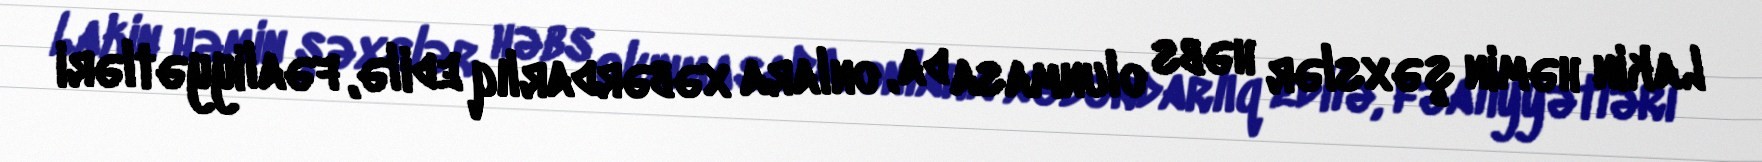
Lakin həmin şəxslər həbs olunmasa da, onlara xəbərdarlıq edilə, fəaliyyətləri